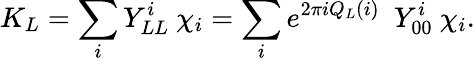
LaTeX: K_{L}=\sum_{i}Y_{LL}^{i}\ \chi_{i}=\sum_{i}e^{2\pi iQ_{L}(i)}\ \ Y_{00}^{i}\ \chi_{i}.